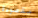
مقصودة